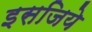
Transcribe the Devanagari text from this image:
इसजिये